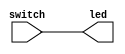
`timescale 1ns / 1ps

// Jonah Meggs 2022
// Jonah's Guide to Verilog Chapter 2 - vector1.v
// Example use of an operator

module vector1(
	input [5:0] switch,
	output [5:0] led
    );

assign led[0] = switch[0];
assign led[1] = switch[1];
assign led[2] = switch[2];
assign led[3] = switch[3];
assign led[4] = switch[4];
assign led[5] = switch[5];

endmodule